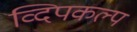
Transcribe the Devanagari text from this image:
व्दिपकल्प